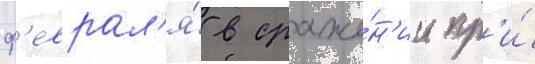
ф'еврал'я́ в сраже́н'ии пр'и́